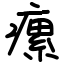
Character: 瘰